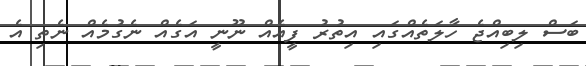
ބަސް ލިބިއްޖެ ހާލަތެއްގައި އިތުރު ފީއެއް ނޫނީ އަގެއް ނެގުމެއް ނެތި އެ